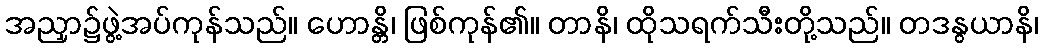
အညှာ၌ဖွဲ့အပ်ကုန်သည်။ ဟောန္တိ၊ ဖြစ်ကုန်၏။ တာနိ၊ ထိုသရက်သီးတို့သည်။ တဒနွယာနိ၊